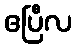
ဧပြီလ